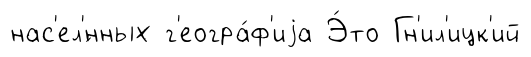
нас'ел'́нных г'еогра́ф'иjа Э́то Гн'ил'ицк'ий